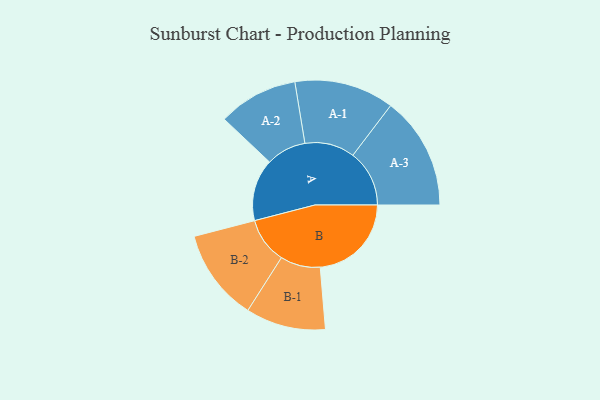
{"axis": {"x": "Segment", "y": "Value"}, "legend": ["", "A", "B"], "data": [{"x": "A", "y": 225, "type": ""}, {"x": "B", "y": 331, "type": ""}, {"x": "A-1", "y": 181, "type": "A"}, {"x": "A-2", "y": 145, "type": "A"}, {"x": "A-3", "y": 205, "type": "A"}, {"x": "B-1", "y": 145, "type": "B"}, {"x": "B-2", "y": 167, "type": "B"}]}